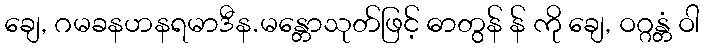
ချေ, ဂမခနဟနရမာဒီန.မန္တောသုတ်ဖြင့် ဓာတွန် န် ကို ချေ, ဝဂ္ဂန္တံ ဝါ